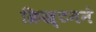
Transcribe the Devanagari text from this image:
क्रिख्टनने